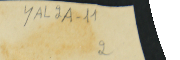
YAL2A-11 2